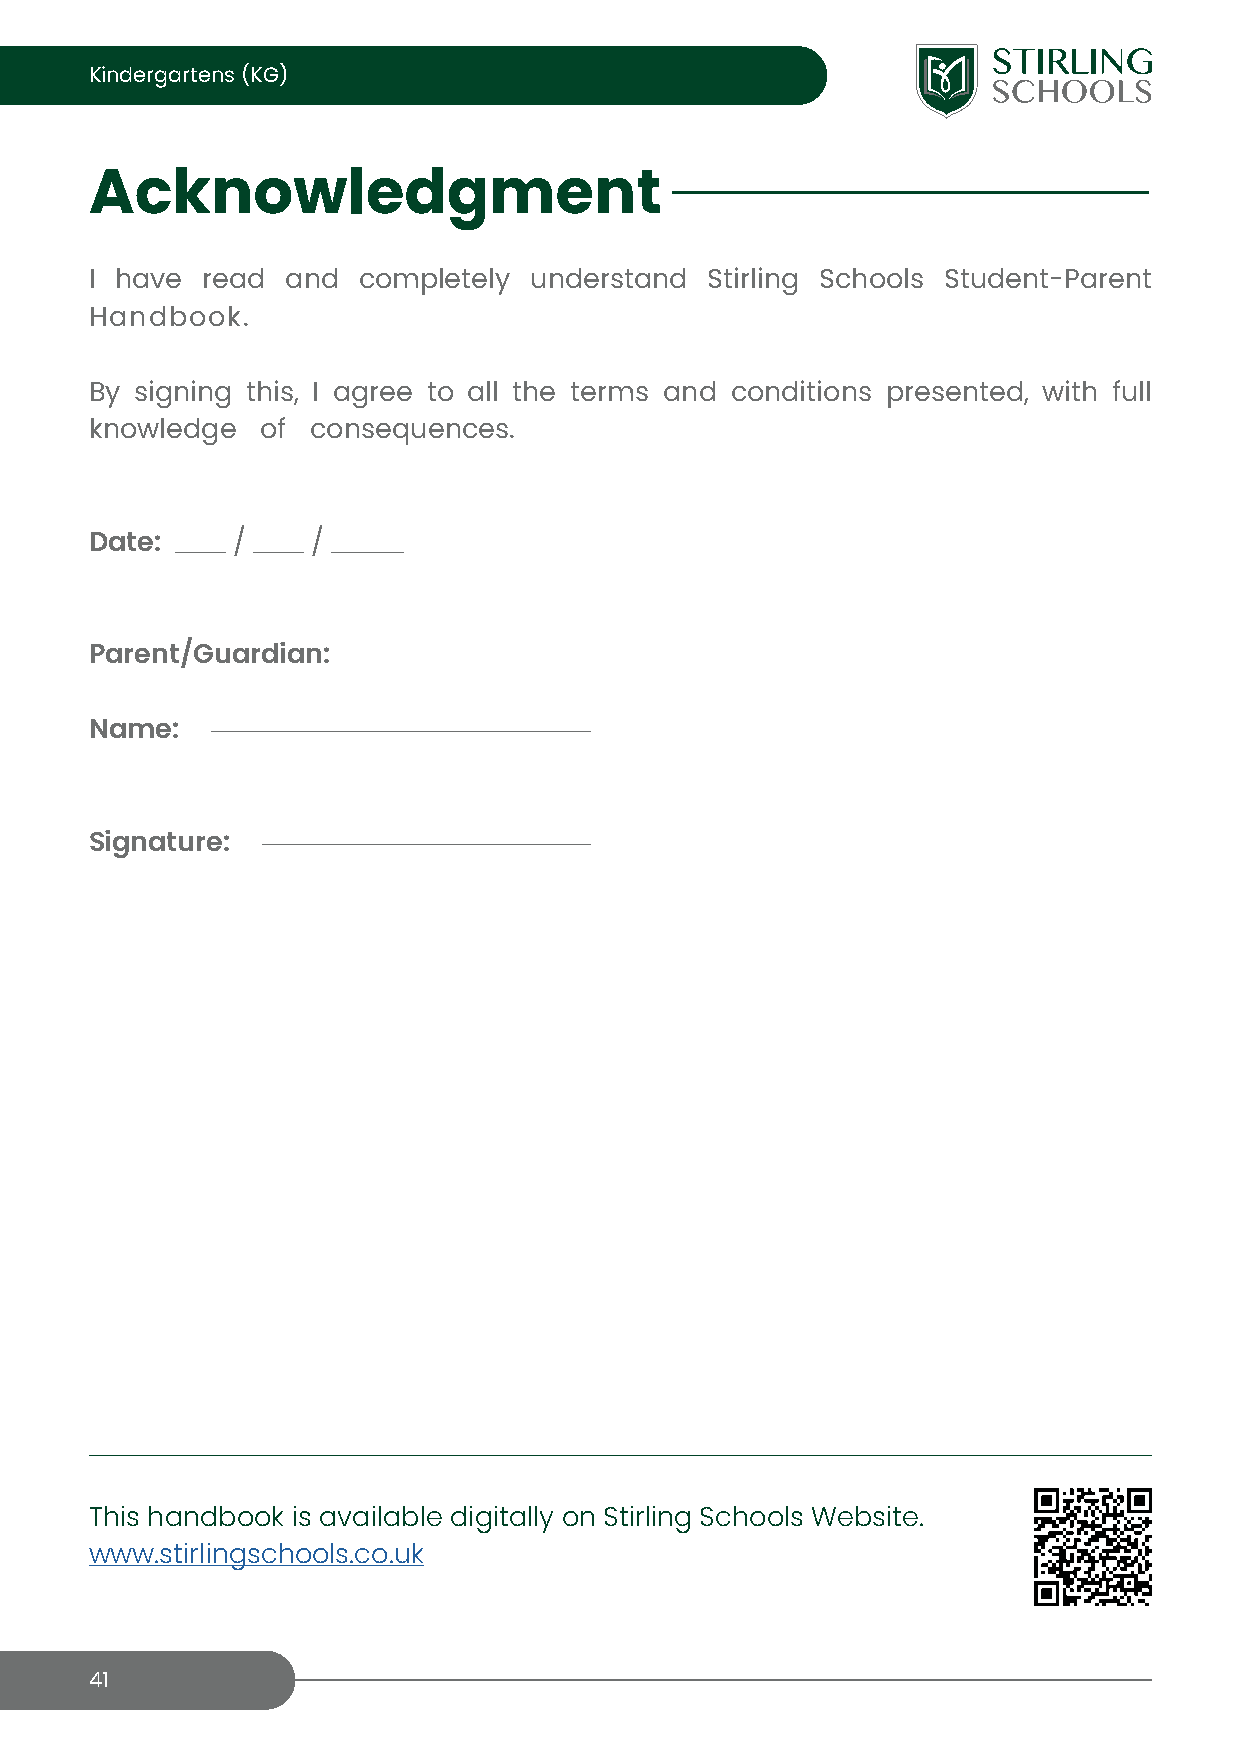
Kindergartens (KG)
 Acknowledgment
 I have read  and  completely understand  Stirling Schools Student-Parent
 Handbook.
 By signing this, I agree to all the terms and conditions presented, with full
 knowledge  of  consequences.
 Date:    /     /
 Parent/Guardian:
 Name:
 Signature:
 This handbook is available digitally on Stirling Schools Website.
 www.stirlingschools.co.uk
 41